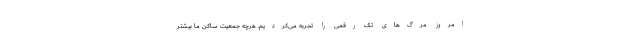
امروز مرگ‌های تک رقمی را تجربه می‌کردیم. هرچه جمعیت ساکن ما بیشتر